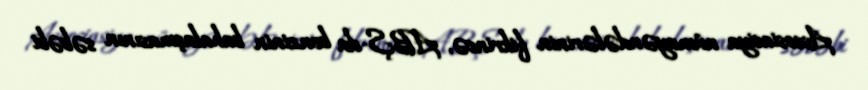
Assosiasiya nümayəndələrinin fikrincə, ABŞ-da benzinin bahalaşmasının səbəbi